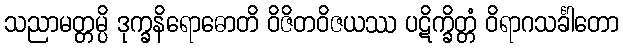
သညာမတ္တမ္ပိ ဒုက္ခနိရောဓောတိ ဝိဇိတဝိဇယဿ ပဋိက္ခိတ္တံ ဝိရာဂသင်္ခါတော